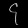
Digit: ၄